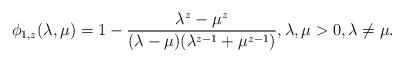
LaTeX: \begin{align*} \phi_{1,z}(\lambda,\mu) = 1-\frac{\lambda^z-\mu^z}{(\lambda-\mu)(\lambda^{z-1}+\mu^{z-1})},\lambda,\mu>0, \lambda\neq \mu. \end{align*}